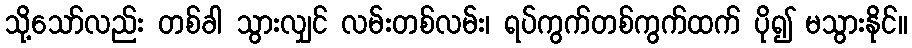
သို့သော်လည်း တစ်ခါ သွားလျှင် လမ်းတစ်လမ်း၊ ရပ်ကွက်တစ်ကွက်ထက် ပို၍ မသွားနိုင်။